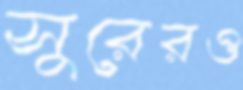
সুরেরও